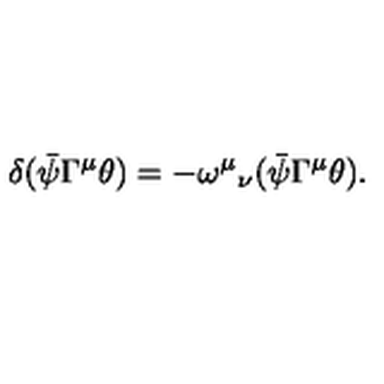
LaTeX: \delta ( \bar { \psi } \Gamma ^ { \mu } \theta ) = - { \omega ^ { \mu } } _ { \nu } ( \bar { \psi } \Gamma ^ { \mu } \theta ) .